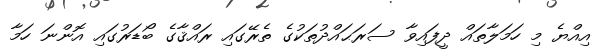
އިއްޔެ މި ހަމަލާތައް ދީފައިވާ ސަރަޙައްދުތަކުގެ ތެރޭގައި ރައްޤާގެ ބޯޑަރުގައި އޮންނަ ހަމާ